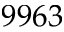
9 9 6 3